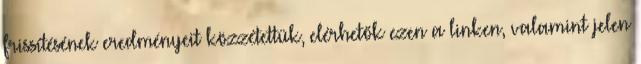
frissítésének eredményeit közzétettük, elérhetők ezen a linken, valamint jelen